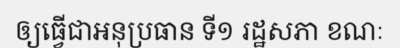
ឲ្យធ្វើជាអនុប្រធាន ទី១ រដ្ឋសភា ខណៈ